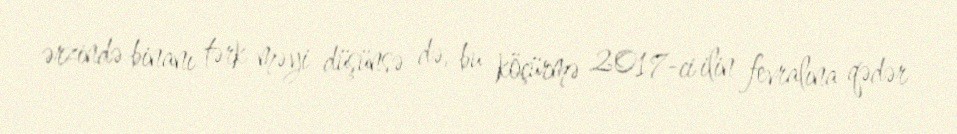
ərzində binanı tərk məyi düşünsə də, bu köçürmə 2017-ci ilin fevralına qədər